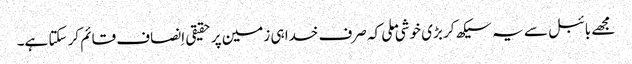
‏ مجھے بائبل سے یہ سیکھ کر بڑی خوشی ملی کہ صرف خدا ہی زمین پر حقیقی اِنصاف قائم کر سکتا ہے۔